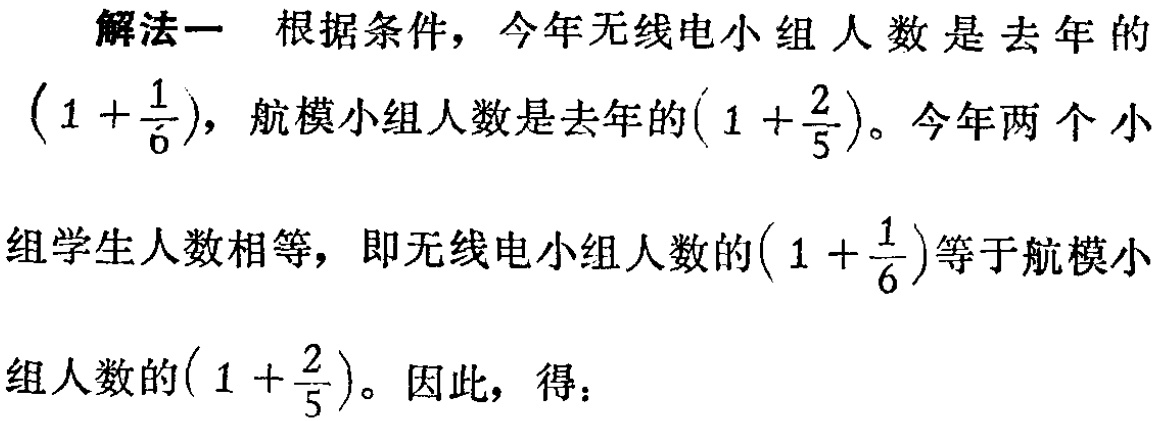
解法一 根据条件，今年无线电小组人数是去年的

\((1 + \frac{1}{6})\)，航模小组人数是去年的\((1 + \frac{2}{5})\)。今年两个小

组学生人数相等，即无线电小组人数的\((1 + \frac{1}{6})\)等于航模小

组人数的\((1 + \frac{2}{5})\)。因此，得：